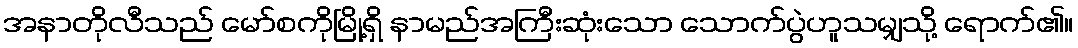
အနာတိုလီသည် မော်စကိုမြို့ရှိ နာမည်အကြီးဆုံးသော သောက်ပွဲဟူသမျှသို့ ရောက်၏။